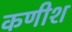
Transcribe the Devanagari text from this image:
कणीश